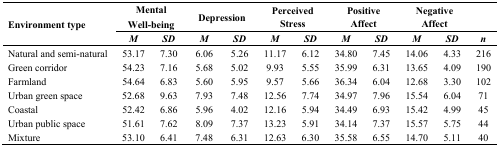
<table><thead><tr><td rowspan="2"><b>Environment type</b></td><td colspan="2"><b>MentalWell-being</b></td><td colspan="2"><b>Depression</b></td><td colspan="2"><b>Perceived Stress</b></td><td colspan="2"><b>Positive Affect</b></td><td colspan="2"><b>Negative Affect</b></td><td></td></tr><tr><td><b><i>M</i></b></td><td><b><i>SD</i></b></td><td><b><i>M</i></b></td><td><b><i>SD</i></b></td><td><b><i>M</i></b></td><td><b><i>SD</i></b></td><td><b><i>M</i></b></td><td><b><i>SD</i></b></td><td><b><i>M</i></b></td><td><b><i>SD</i></b></td><td><b><i>n</i></b></td></tr></thead><tbody><tr><td>Natural and semi-natural</td><td>53.17</td><td>7.30</td><td>6.06</td><td>5.26</td><td>11.17</td><td>6.12</td><td>34.80</td><td>7.45</td><td>14.06</td><td>4.33</td><td>216</td></tr><tr><td>Green corridor</td><td>54.23</td><td>7.16</td><td>5.68</td><td>5.02</td><td>9.93</td><td>5.55</td><td>35.99</td><td>6.31</td><td>13.65</td><td>4.09</td><td>190</td></tr><tr><td>Farmland</td><td>54.64</td><td>6.83</td><td>5.60</td><td>5.95</td><td>9.57</td><td>5.66</td><td>36.34</td><td>6.04</td><td>12.68</td><td>3.30</td><td>102</td></tr><tr><td>Urban green space</td><td>52.68</td><td>9.63</td><td>7.93</td><td>7.48</td><td>12.56</td><td>7.74</td><td>34.97</td><td>7.96</td><td>15.54</td><td>6.04</td><td>71</td></tr><tr><td>Coastal</td><td>52.42</td><td>6.86</td><td>5.96</td><td>4.02</td><td>12.16</td><td>5.94</td><td>34.49</td><td>6.93</td><td>15.42</td><td>4.99</td><td>45</td></tr><tr><td>Urban public space</td><td>51.61</td><td>7.62</td><td>8.09</td><td>7.37</td><td>13.23</td><td>5.91</td><td>34.14</td><td>7.37</td><td>15.57</td><td>5.75</td><td>44</td></tr><tr><td>Mixture</td><td>53.10</td><td>6.41</td><td>7.48</td><td>6.31</td><td>12.63</td><td>6.30</td><td>35.58</td><td>6.55</td><td>14.70</td><td>5.11</td><td>40</td></tr></tbody></table>